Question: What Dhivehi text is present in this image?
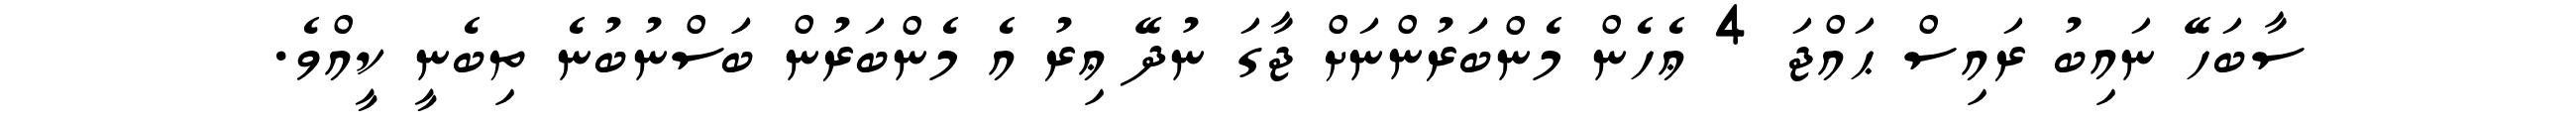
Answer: ސާބަހޭ ނައިބު ރައިސް ޙައްޖަ 4 ޢެހެން މެންބަަރުންނަށް ޖާގަ ނުދޭ ޢިރު އެ މެންބަރުން ބަަސްނުބުނެ ތިބެނީ ކީއްވެ.